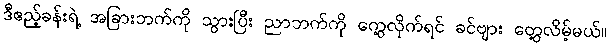
ဒီဧည့်ခန်းရဲ့ အခြားဘက်ကို သွားပြီး ညာဘက်ကို ကွေ့လိုက်ရင် ခင်ဗျား တွေ့လိမ့်မယ်။